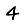
Digit: 4